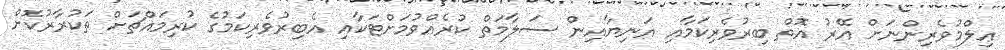
ޢިލްމުވެރިންނަށް އޭރު އޮތް ބިރުވެރިކަމާއި އަނިޔާއިން ސަލާމަތް ކުރެއްވުމަށްޓަކާއި އެބިރުވެރިކަމުގެ ކުރިމައްޗަށް ތަކުރާރުކޮށް